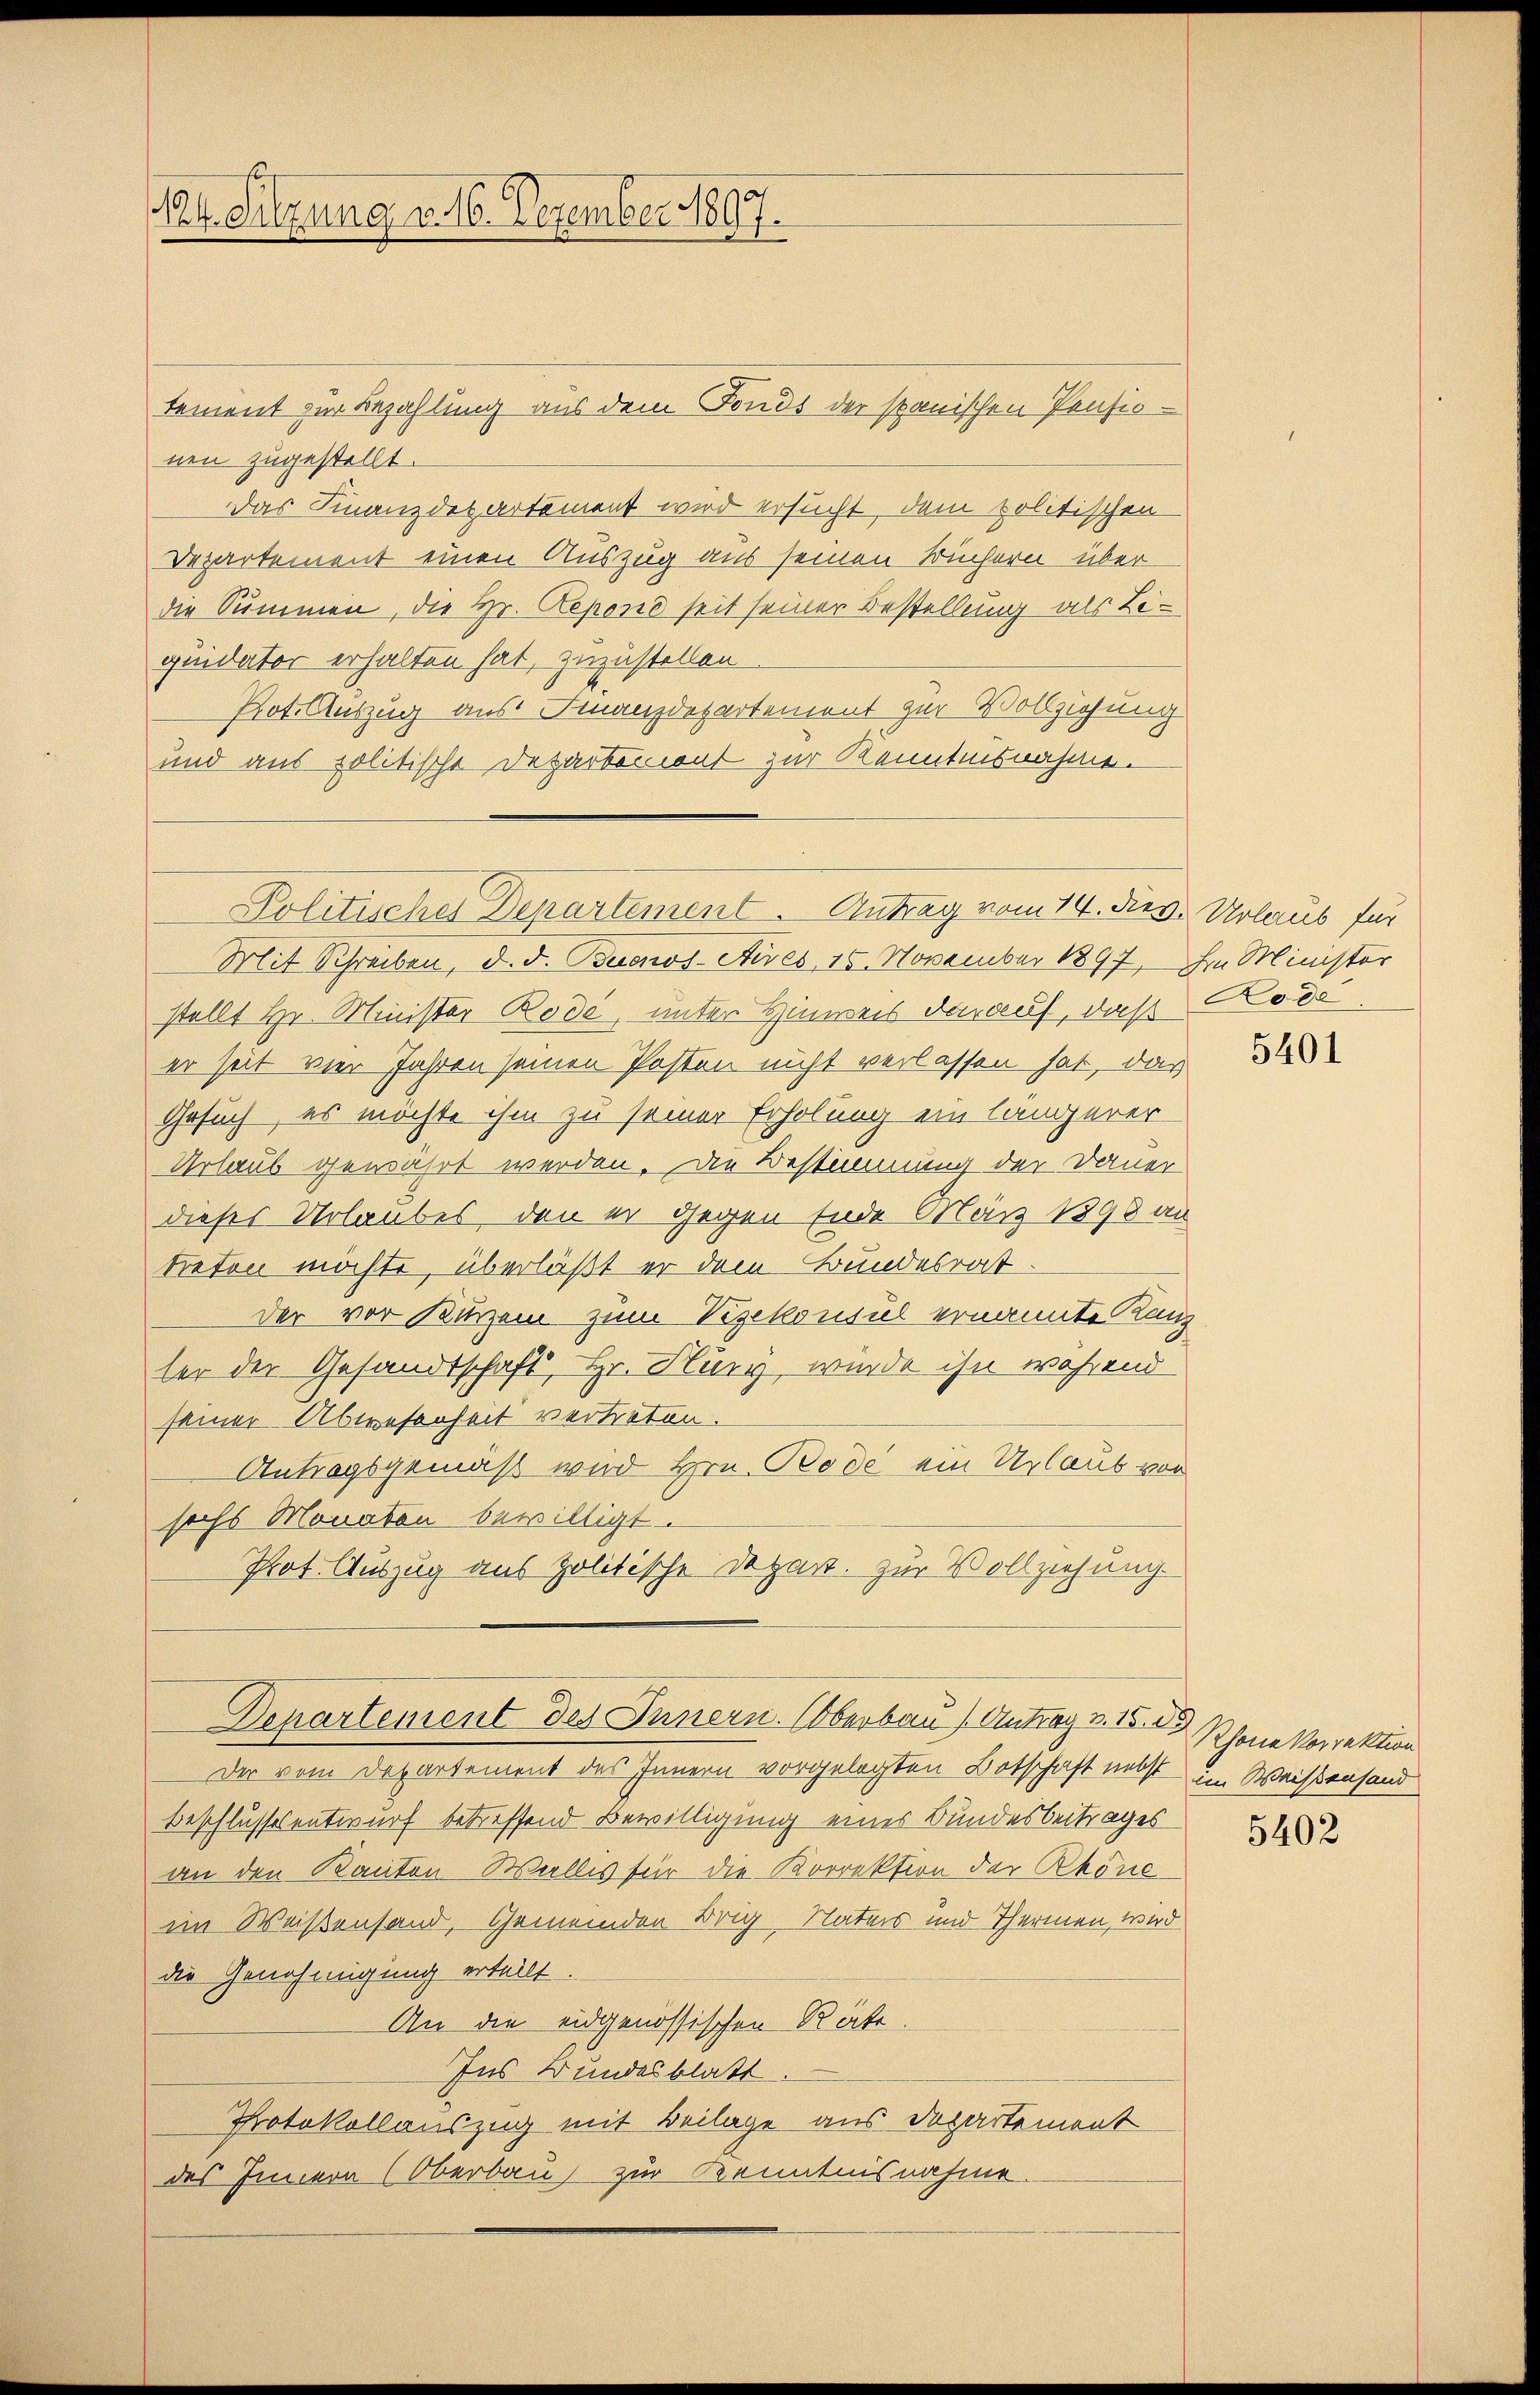
tement zur Bezahlung aus dem Fonds der spanischen Pensionen zugestellt.
Das Finanzdepartement wird ersucht, dem politischen
Departement einen Auszug aus seinen Büchern über
die Summen, die Hr. Repone seit seiner Bestellung als Bequidater erhalten hat, zuzustellen
Pot. Auszug aus Finanzdepartement zur Vollziehung
und aus politische Departemont zur Kenntnisnahme.

124. Sitzung a. 16. Dezember 1807.

Mit Schreiben, d. d. Buenos-Ayres 15. November 1897, in Minister
stellt Hr. Minister Rode, unter Hinweis darauf, daß
er seit vier Jahren seinen Posten nicht verlassen hat, das
Gesuch, es möchte ihm zu seiner Erholung ein längerer
Urlaub gewährt werden. Die Bestimmung der Dauer
dieses Urlaubes, den er gegen Ende März 1898 an
treten möchte, überläßt er dem Bundesrat.
der vor Kurzem zum Vizekonsul ernannte Kanz
ter der Gesandtschaft, Hr. Hüry, wurde ihn während
seiner Abwesenheit vertreten.
Antragsgemäß wird Hrn. Rode ein Urlaub von
sechs Monaten bewilligt.
Prot. Auszug aus politische Depart. zur Vollziehung
Departement des Innern. Oberbau Antrag v. 15. 29 Schöne Vorrektion
Der vom Departement des Innern vorgelegten Botschaft nebst im Weißensand
Beschlussesentwurf betreffend Bewilligung einer Bundesbeitrages
an den Kanton Wallis für die Korrektion der Rhone
im Weißensand, Gemeinden Brig Naturs und Thermen, wird
die Genehmigung erteilt.
An die eidgenössischen Räte.
Ins Bundesblatt.
Protokollauszug mit Beilage aus Departement
des Innern (Oberbau zur Kenntnisnahme.

Politisches Departement. Antrag vom 14. diev. Urlaub für

Rode.

5401

5402